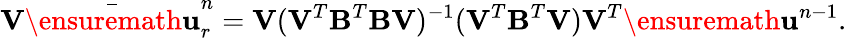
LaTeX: \mathbf{V}\bar{\ensuremath{\mathbf{u}}}_{r}^{n}=\mathbf{V}(\mathbf{V}^{T}\mathbf{B}^{T}\mathbf{B}\mathbf{V})^{-1}(\mathbf{V}^{T}\mathbf{B}^{T}\mathbf{V})\mathbf{V}^{T}\ensuremath{\mathbf{u}}^{n-1}.